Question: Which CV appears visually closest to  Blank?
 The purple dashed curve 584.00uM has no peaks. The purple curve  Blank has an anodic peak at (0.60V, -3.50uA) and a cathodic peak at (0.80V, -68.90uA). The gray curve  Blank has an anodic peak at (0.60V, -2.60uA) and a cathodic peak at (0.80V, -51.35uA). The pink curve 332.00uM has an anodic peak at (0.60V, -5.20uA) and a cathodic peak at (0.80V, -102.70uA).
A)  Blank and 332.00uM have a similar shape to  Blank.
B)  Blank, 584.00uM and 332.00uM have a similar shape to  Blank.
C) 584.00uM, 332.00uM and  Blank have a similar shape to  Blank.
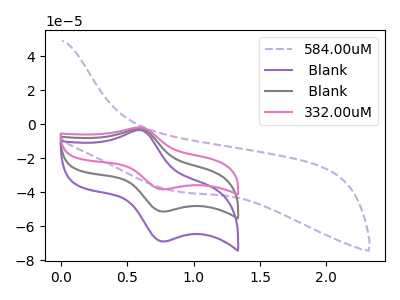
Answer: <think>"584.00uM" and " Blank" have a different number of peaks. "584.00uM" and " Blank" have a different number of peaks. "584.00uM" and "332.00uM" have a different number of peaks. All the peaks in " Blank" have a peak in " Blank" at the same potential. All the peaks in " Blank" have a peak in "332.00uM" at the same potential. All the peaks in " Blank" have a peak in "332.00uM" at the same potential.
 </think>
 <answer>A) " Blank" and "332.00uM" have a similar shape to " Blank".</answer>
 <eval>A</eval>